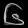
Digit: ၆